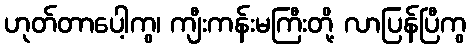
ဟုတ်တာပေါ့ကွ၊ ကျီးကန်းမကြီးတို့ လာပြန်ပြီကွ